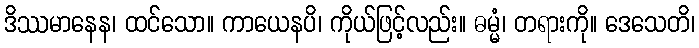
ဒိဿမာနေန၊ ထင်သော။ ကာယေနပိ၊ ကိုယ်ဖြင့်လည်း။ ဓမ္မံ၊ တရားကို။ ဒေသေတိ၊